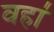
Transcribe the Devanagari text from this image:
वहा॑